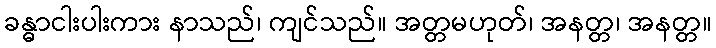
ခန္ဓာငါးပါးကား နာသည်၊ ကျင်သည်။ အတ္တမဟုတ်၊ အနတ္တ၊ အနတ္တ။